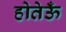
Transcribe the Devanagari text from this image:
होतेऊँ